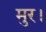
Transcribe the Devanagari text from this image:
मुर।